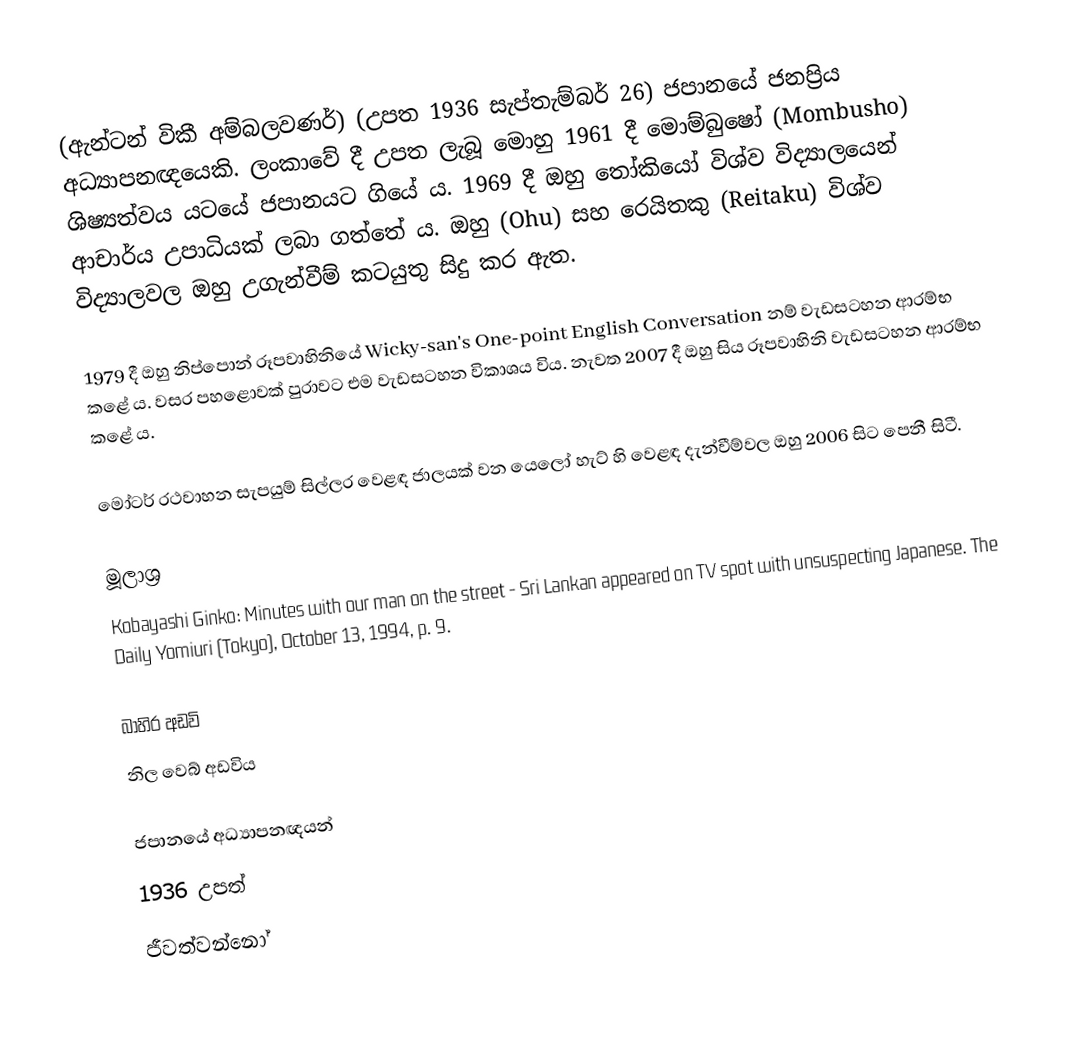
(ඇන්ටන් විකී අම්බලවණර්) (උපත 1936 සැප්තැම්බර් 26) ජපානයේ ජනප්‍රිය අධ්‍යාපනඥයෙකි.  ලංකාවේ දී උපත ලැබූ මොහු 1961 දී මොම්බුෂෝ (Mombusho) ශිෂ්‍යත්වය යටයේ ජපානයට ගියේ ය​. 1969 දී ඔහු තෝකියෝ විශ්ව විද්‍යාලයෙන් ආචාර්ය උපාධියක් ලබා ගත්තේ ය​. ඔහු (Ohu) සහ රෙයිතකු (Reitaku)  විශ්ව විද්‍යාලවල ඔහු උගැන්වීම් කටයුතු සිදු කර ඇත​.

1979 දී ඔහු නිප්පොන් රූපවාහිනියේ Wicky-san's One-point English Conversation නම් වැඩසටහන ආරම්භ කළේ ය​. වසර පහළොවක් පුරාවට එම වැඩසටහන විකාශය විය​. නැවත 2007 දී ඔහු සිය රූපවාහිනි වැඩසටහන ආරම්භ කළේ ය​.

මෝටර් රථවාහන සැපයුම් සිල්ලර වෙළඳ ජාලයක් වන යෙලෝ හැට් හි වෙළඳ දැන්වීම්වල ඔහු 2006 සිට පෙනී සිටී.

මූලාශ්‍ර​
Kobayashi Ginko: Minutes with our man on the street - Sri Lankan appeared on TV spot with unsuspecting Japanese. The Daily Yomiuri (Tokyo), October 13, 1994, p. 9.

බාහිර අඩවි
 නිල වෙබ් අඩවිය​

ජපානයේ අධ්‍යාපනඥයන්
1936 උපත්
ජීවත්වන්නෝ